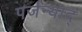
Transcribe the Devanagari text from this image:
पर्जन्याद्‌